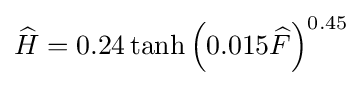
{\widehat {H}}=0.24\tanh \left(0.015{\widehat {F}}\right)^{0.45}